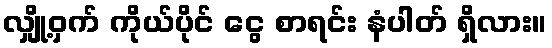
လျှို့ဝှက် ကိုယ်ပိုင် ငွေ စာရင်း နံပါတ် ရှိလား။